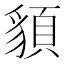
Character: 䫉